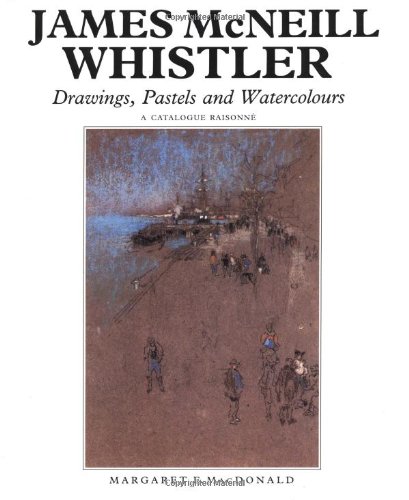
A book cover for James McNeill Whistler: Drawings, Pastels and Watercolours: A Catalogue RaisonnÃ© (The Paul Mellon Centre for Studies in British Art); Margaret F. MacDonald; Arts & Photography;